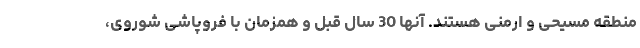
منطقه مسیحی و ارمنی هستند. آنها 30 سال قبل و همزمان با فروپاشی شوروی،